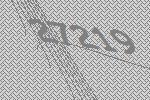
27219